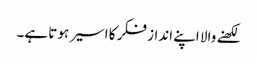
لکھنے والا اپنے انداز فکر کا اسیر ہوتا ہے۔